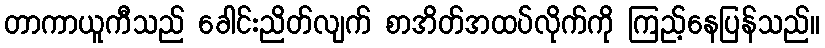
တာကာယူကီသည် ခေါင်းညိတ်လျက် စာအိတ်အထပ်လိုက်ကို ကြည့်နေပြန်သည်။